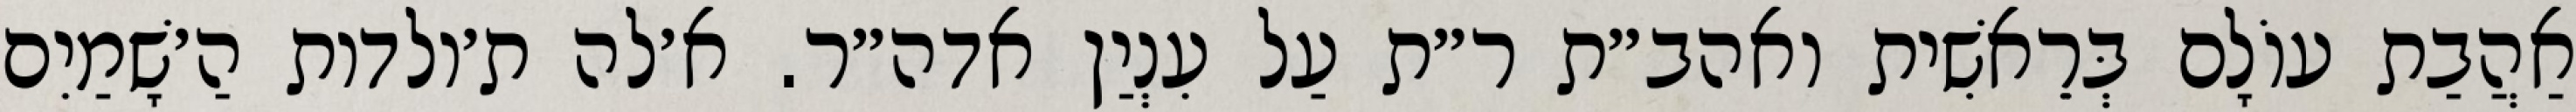
אַהֲבַת עוֹלָם בְּרֵאשִׁית ואהב״ת ר״ת עַל עִנְיַן אדה״ר. א׳לה ת׳ולדות הַ׳שָׁמַיִם